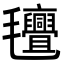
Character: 𭯯